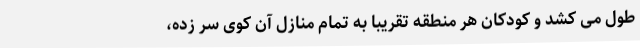
طول می ‌کشد و کودکان هر منطقه تقریبا به تمام منازل آن کوی سر زده،